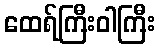
ထေရ်ကြီးဝါကြီး